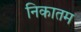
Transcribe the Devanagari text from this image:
निकातम